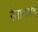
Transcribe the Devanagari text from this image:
रेत्तामलई